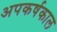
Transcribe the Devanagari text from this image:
अपकर्षकाल